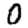
Digit: 0